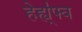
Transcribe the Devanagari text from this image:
हेह्य्॑फ्व